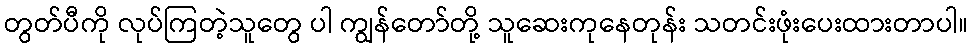
တွတ်ပီကို လုပ်ကြတဲ့သူတွေ ပါ ကျွန်တော်တို့ သူဆေးကုနေတုန်း သတင်းဖုံးပေးထားတာပါ။